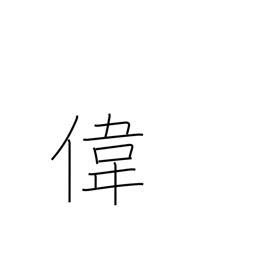
Meaning: admirable